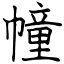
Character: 幢